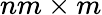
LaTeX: nm\times m